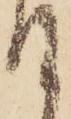
て